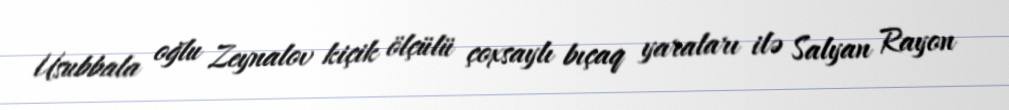
Usubbala oğlu Zeynalov kiçik ölçülü çoxsaylı bıçaq yaraları ilə Salyan Rayon